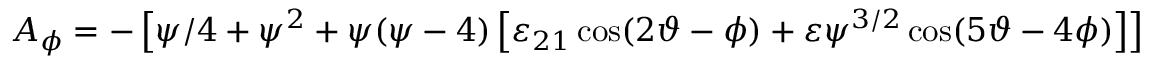
A _ { \phi } = - \left[ \psi / 4 + \psi ^ { 2 } + \psi ( \psi - 4 ) \left[ \varepsilon _ { 2 1 } \cos ( 2 \vartheta - \phi ) + \varepsilon \psi ^ { 3 / 2 } \cos ( 5 \vartheta - 4 \phi ) \right] \right] .